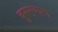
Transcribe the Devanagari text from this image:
दुसर्‍याना